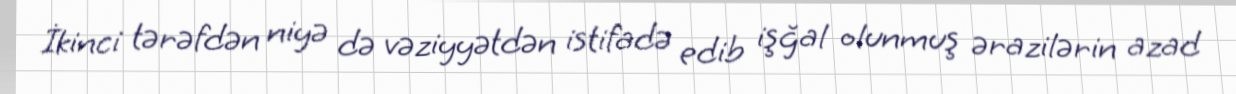
İkinci tərəfdən niyə də vəziyyətdən istifadə edib işğal olunmuş ərazilərin azad